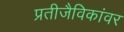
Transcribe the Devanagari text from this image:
प्रतीजैविकांवर